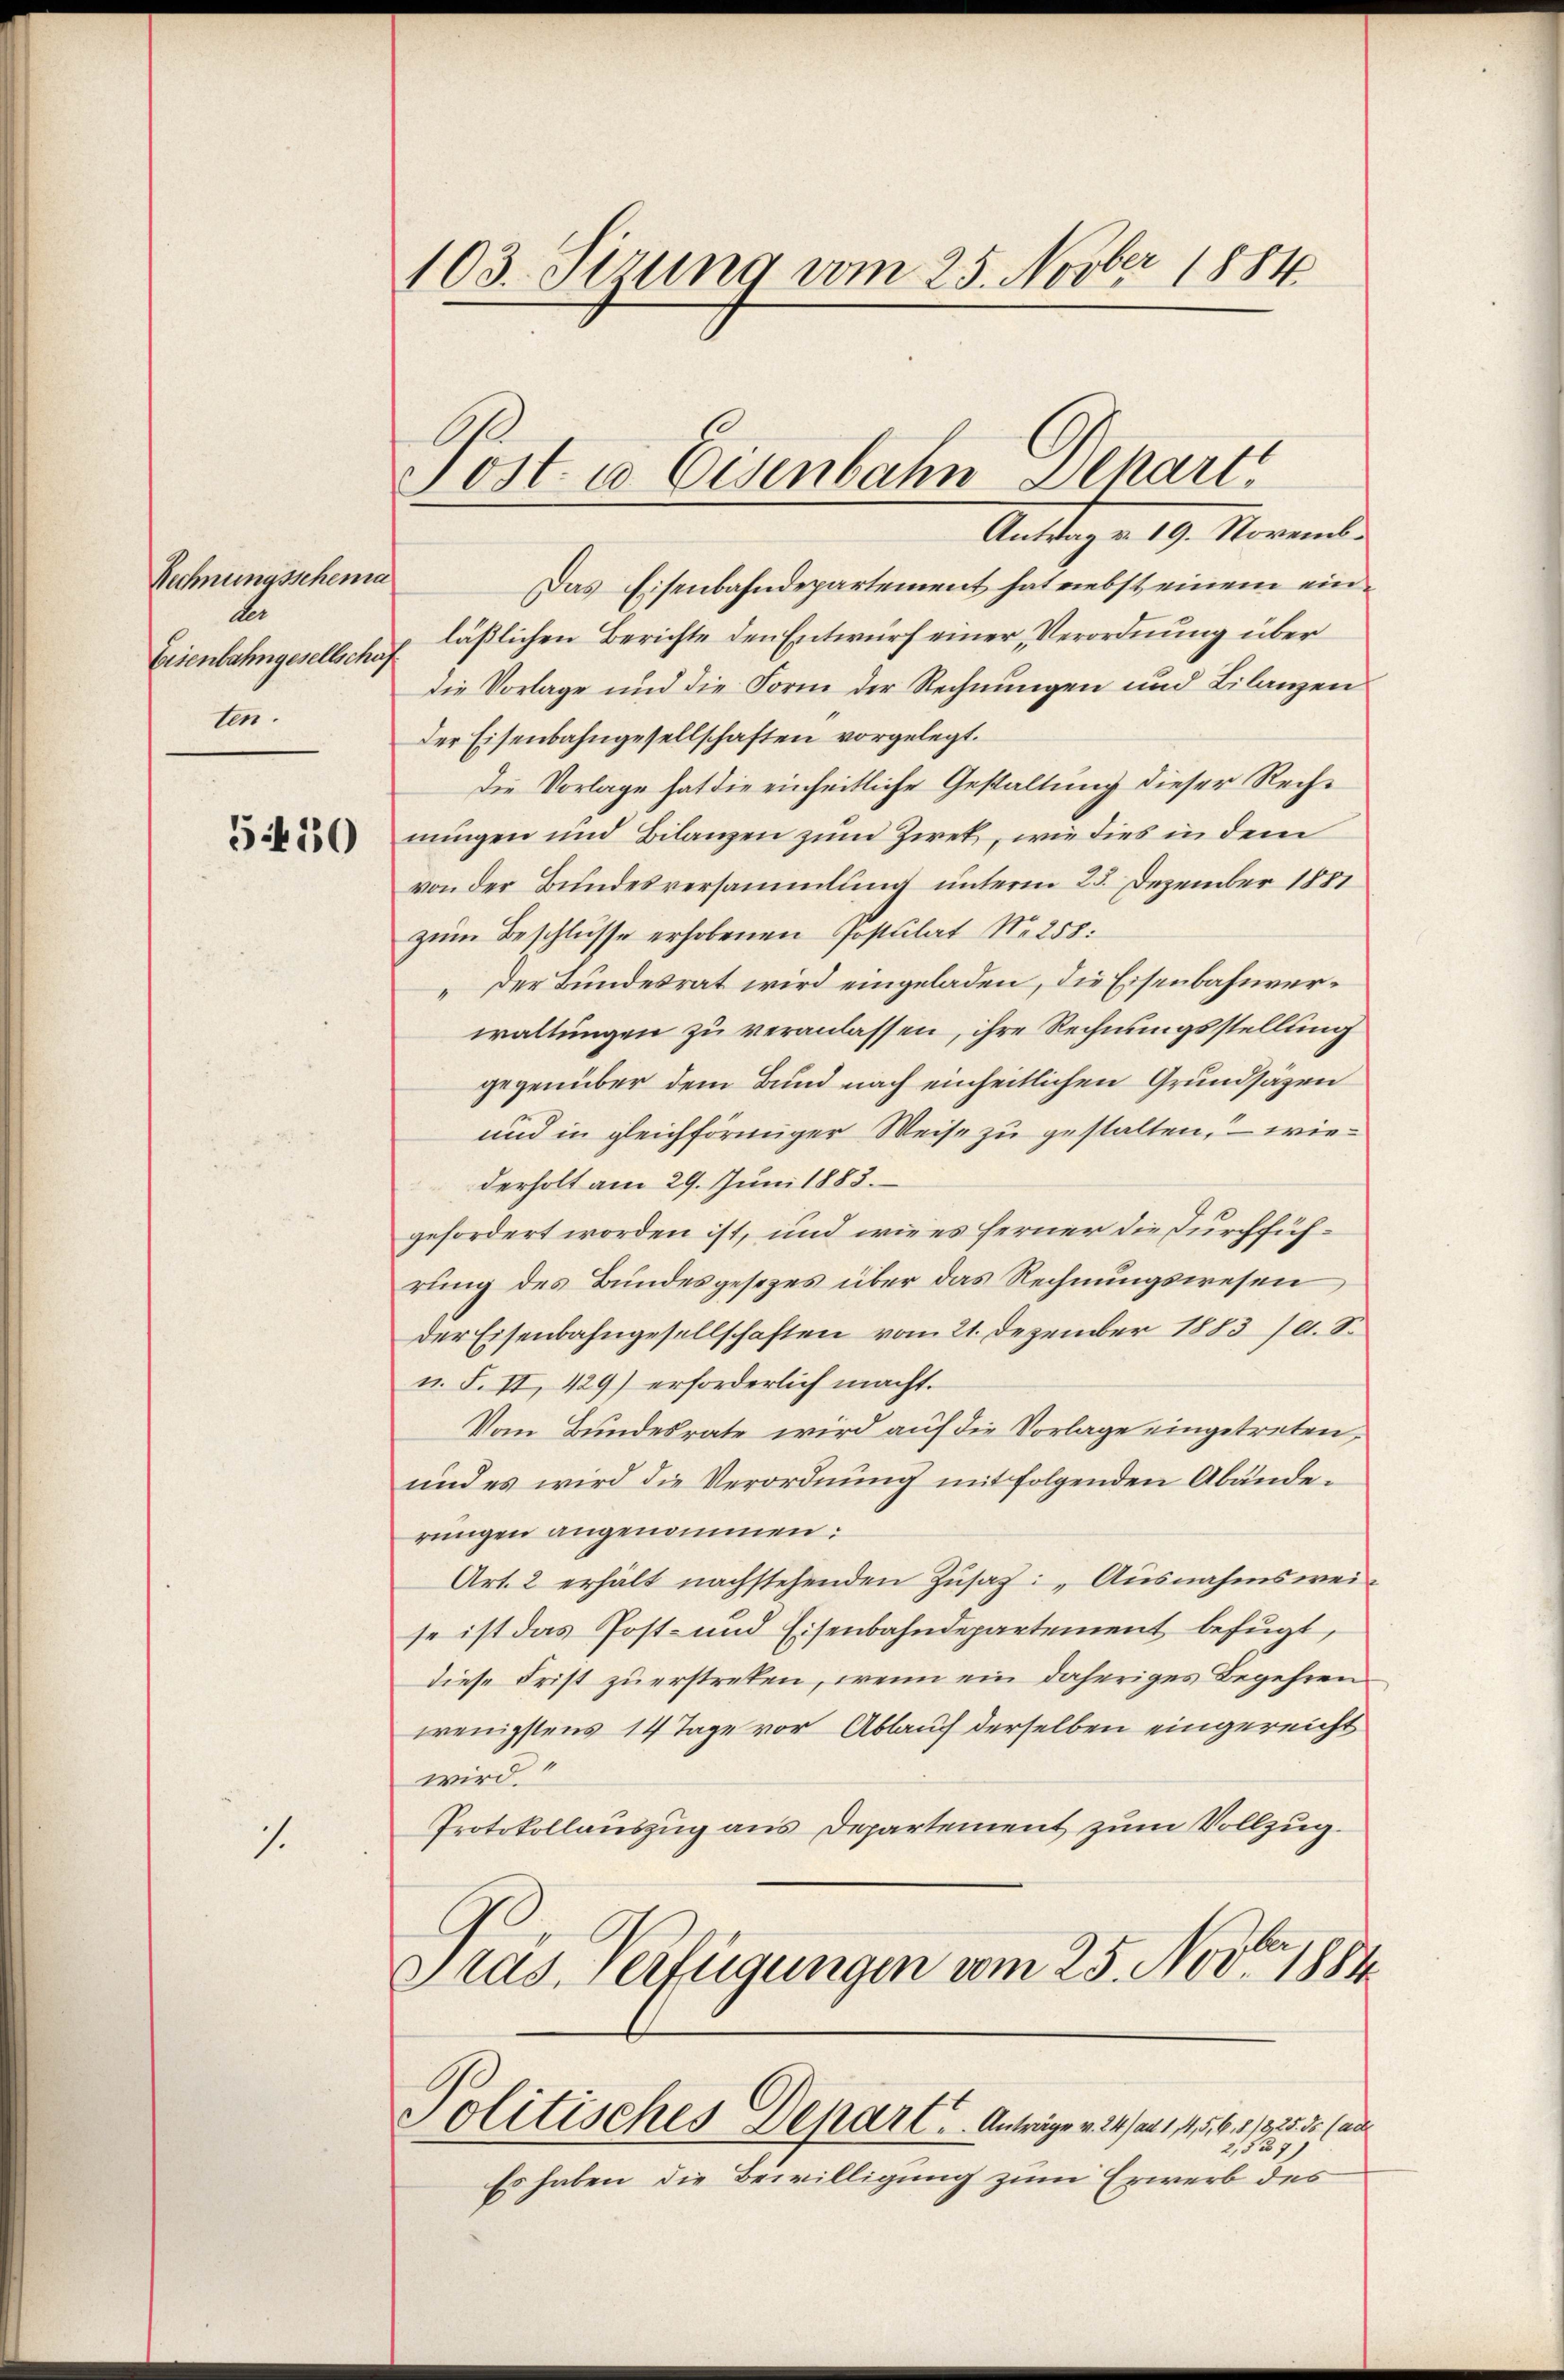
Rechnungsscheina
de
Eisenbahngesellschaf
ten.

5430

7.

103. Stzung vom 25. Novber 1884

Post- u Eisenbahn Depart

Antrag v. 19. Novemb.
Das Eisenbahndepartement hat nebst einem einläßlichen Berichte den Entwurf einer, Verordnung über
die Vorlage und die Form der Rechnungen und Lilanzen
der Eisenbahngesellschaften vorgelegt.
Die Vorlage hat die einheitliche Gestaltung dieser Rechnungen und Bilanzen zum Zwek, wie dies in dem
von der Bundesversammlung unterm 25. Dezember 1881
zum Beschlüsse erhobenen Postulat N. 258.
„Der Bundesrat wird eingeladen, die Eisenbahnverwaltungen zu veranlassen, ihre Rechnungsstellung
gegenüber dem Bund nach einheitlichen Grundsäzen
und in gleichförmiger Weise zu gestalten, – wiederholt am 29. Juni 1883.
gefordert worden ist, und wie es ferner die durchführung des Bundesgesezes über das Rechnungswesen
der Eisenbahngesellschaften vom 21. Dezember 1883 10. S.
u. F. II, 429) erforderlich macht.
Vom Bundesrate wird auf die Vorlage eingetreten,
und es wird die Verordnung mit folgenden Abände-
rungen angenommen:
Art. 2 erhält nachstehenden Zusatz: „Ausnahmswei
se ist das Post- und Eisenbahndepartement befugt,
diese Frist zu erstreten, wenn ein daheriges Begehren
wenigstens 14 Tage vor Ablauch derselben eingereicht
wird.“
Protokollauszug aus Departement zum Vollzug.
Pras. Verfügungen vom 25. Novbr. 1884
Politisches Depart u. Antrage v. 241 et 1145. 6. 1/925.5. (ad
2,537)
Es haben die Bewilligung zum Erwerb des